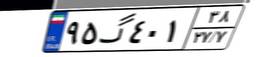
۱۶گ۳۷۱۳۵